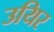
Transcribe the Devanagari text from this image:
उयिर